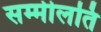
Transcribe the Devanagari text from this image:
सम्मीलति